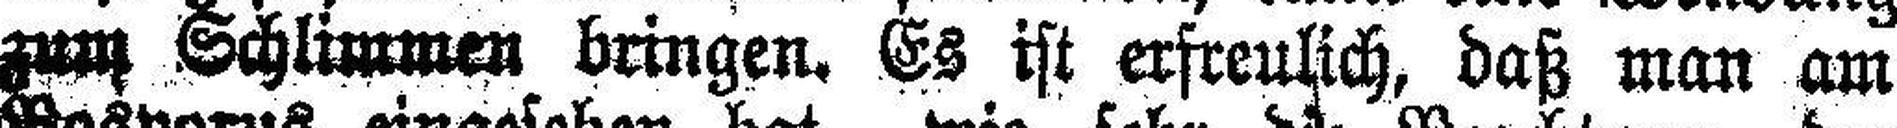
zum Schlimmen bringen. Es ist erfteulich, daß man am